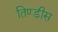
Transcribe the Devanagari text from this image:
तिण्डीस